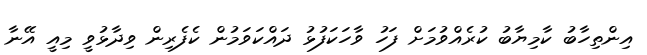
އިންތިހާބު ކާމިޔާބު ކުރެއްވުމަށް ފަހު ވާހަކަފުޅު ދައްކަވަމުން ކެފެރިން ވިދާޅުވީ މިއީ އޭނާ